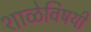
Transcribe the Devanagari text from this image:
शाळेविषयी